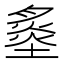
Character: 𡐩